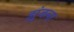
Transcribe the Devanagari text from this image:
झुंजला